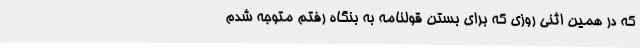
که در همین اثنی روزی که برای بستن قولنامه به بنگاه رفتم متوجه شدم